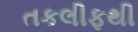
તકલીફથી